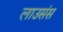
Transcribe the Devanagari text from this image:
लाउसंस